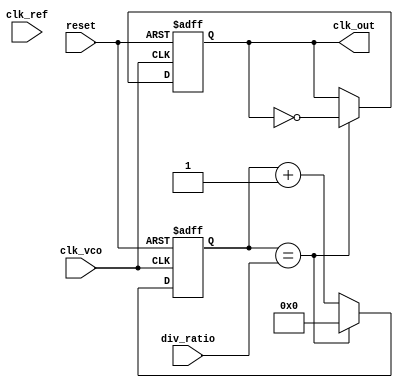
module cp_pll (
    input wire clk_ref,       // Reference clock input
    input wire clk_vco,       // VCO output clock
    input wire reset,         // Reset signal
    input wire [3:0] div_ratio, // Division ratio for feedback
    output reg clk_out        // Output clock
);

// Phase Detector signals
reg up, down;

// Phase Detector
always @(posedge clk_ref or posedge reset) begin
    if (reset) begin
        up <= 0;
        down <= 0;
    end else begin
        // Compare phase of clk_ref and clk_vco
        if (clk_ref && !clk_vco) begin
            up <= 1;   // VCO lags behind Ref
            down <= 0;
        end else if (!clk_ref && clk_vco) begin
            up <= 0;
            down <= 1; // VCO leads ahead of Ref
        end else begin
            up <= 0;
            down <= 0; // No phase error
        end
    end
end

// Charge Pump
reg [7:0] charge_pump_output; // Control voltage for VCO
always @(posedge clk_ref or posedge reset) begin
    if (reset) begin
        charge_pump_output <= 8'b0;
    end else begin
        if (up) begin
            charge_pump_output <= charge_pump_output + 1; // Increment
        end else if (down) begin
            charge_pump_output <= charge_pump_output - 1; // Decrement
        end
    end
end

// Loop Filter (simple low-pass filter)
reg [7:0] loop_filter_output;
always @(posedge clk_ref or posedge reset) begin
    if (reset) begin
        loop_filter_output <= 8'b0;
    end else begin
        loop_filter_output <= (loop_filter_output + charge_pump_output) >> 1; // Simple averaging
    end
end

// Voltage-Controlled Oscillator (VCO)
reg [7:0] vco_frequency; // Frequency control for VCO
always @(posedge clk_ref or posedge reset) begin
    if (reset) begin
        vco_frequency <= 8'b0;
    end else begin
        vco_frequency <= loop_filter_output; // Control VCO frequency
    end
end

// Feedback Divider
reg [3:0] counter; // Counter for division
always @(posedge clk_vco or posedge reset) begin
    if (reset) begin
        counter <= 0;
        clk_out <= 0;
    end else begin
        if (counter == div_ratio) begin
            clk_out <= ~clk_out; // Toggle output clock
            counter <= 0; // Reset counter
        end else begin
            counter <= counter + 1; // Increment counter
        end
    end
end

endmodule